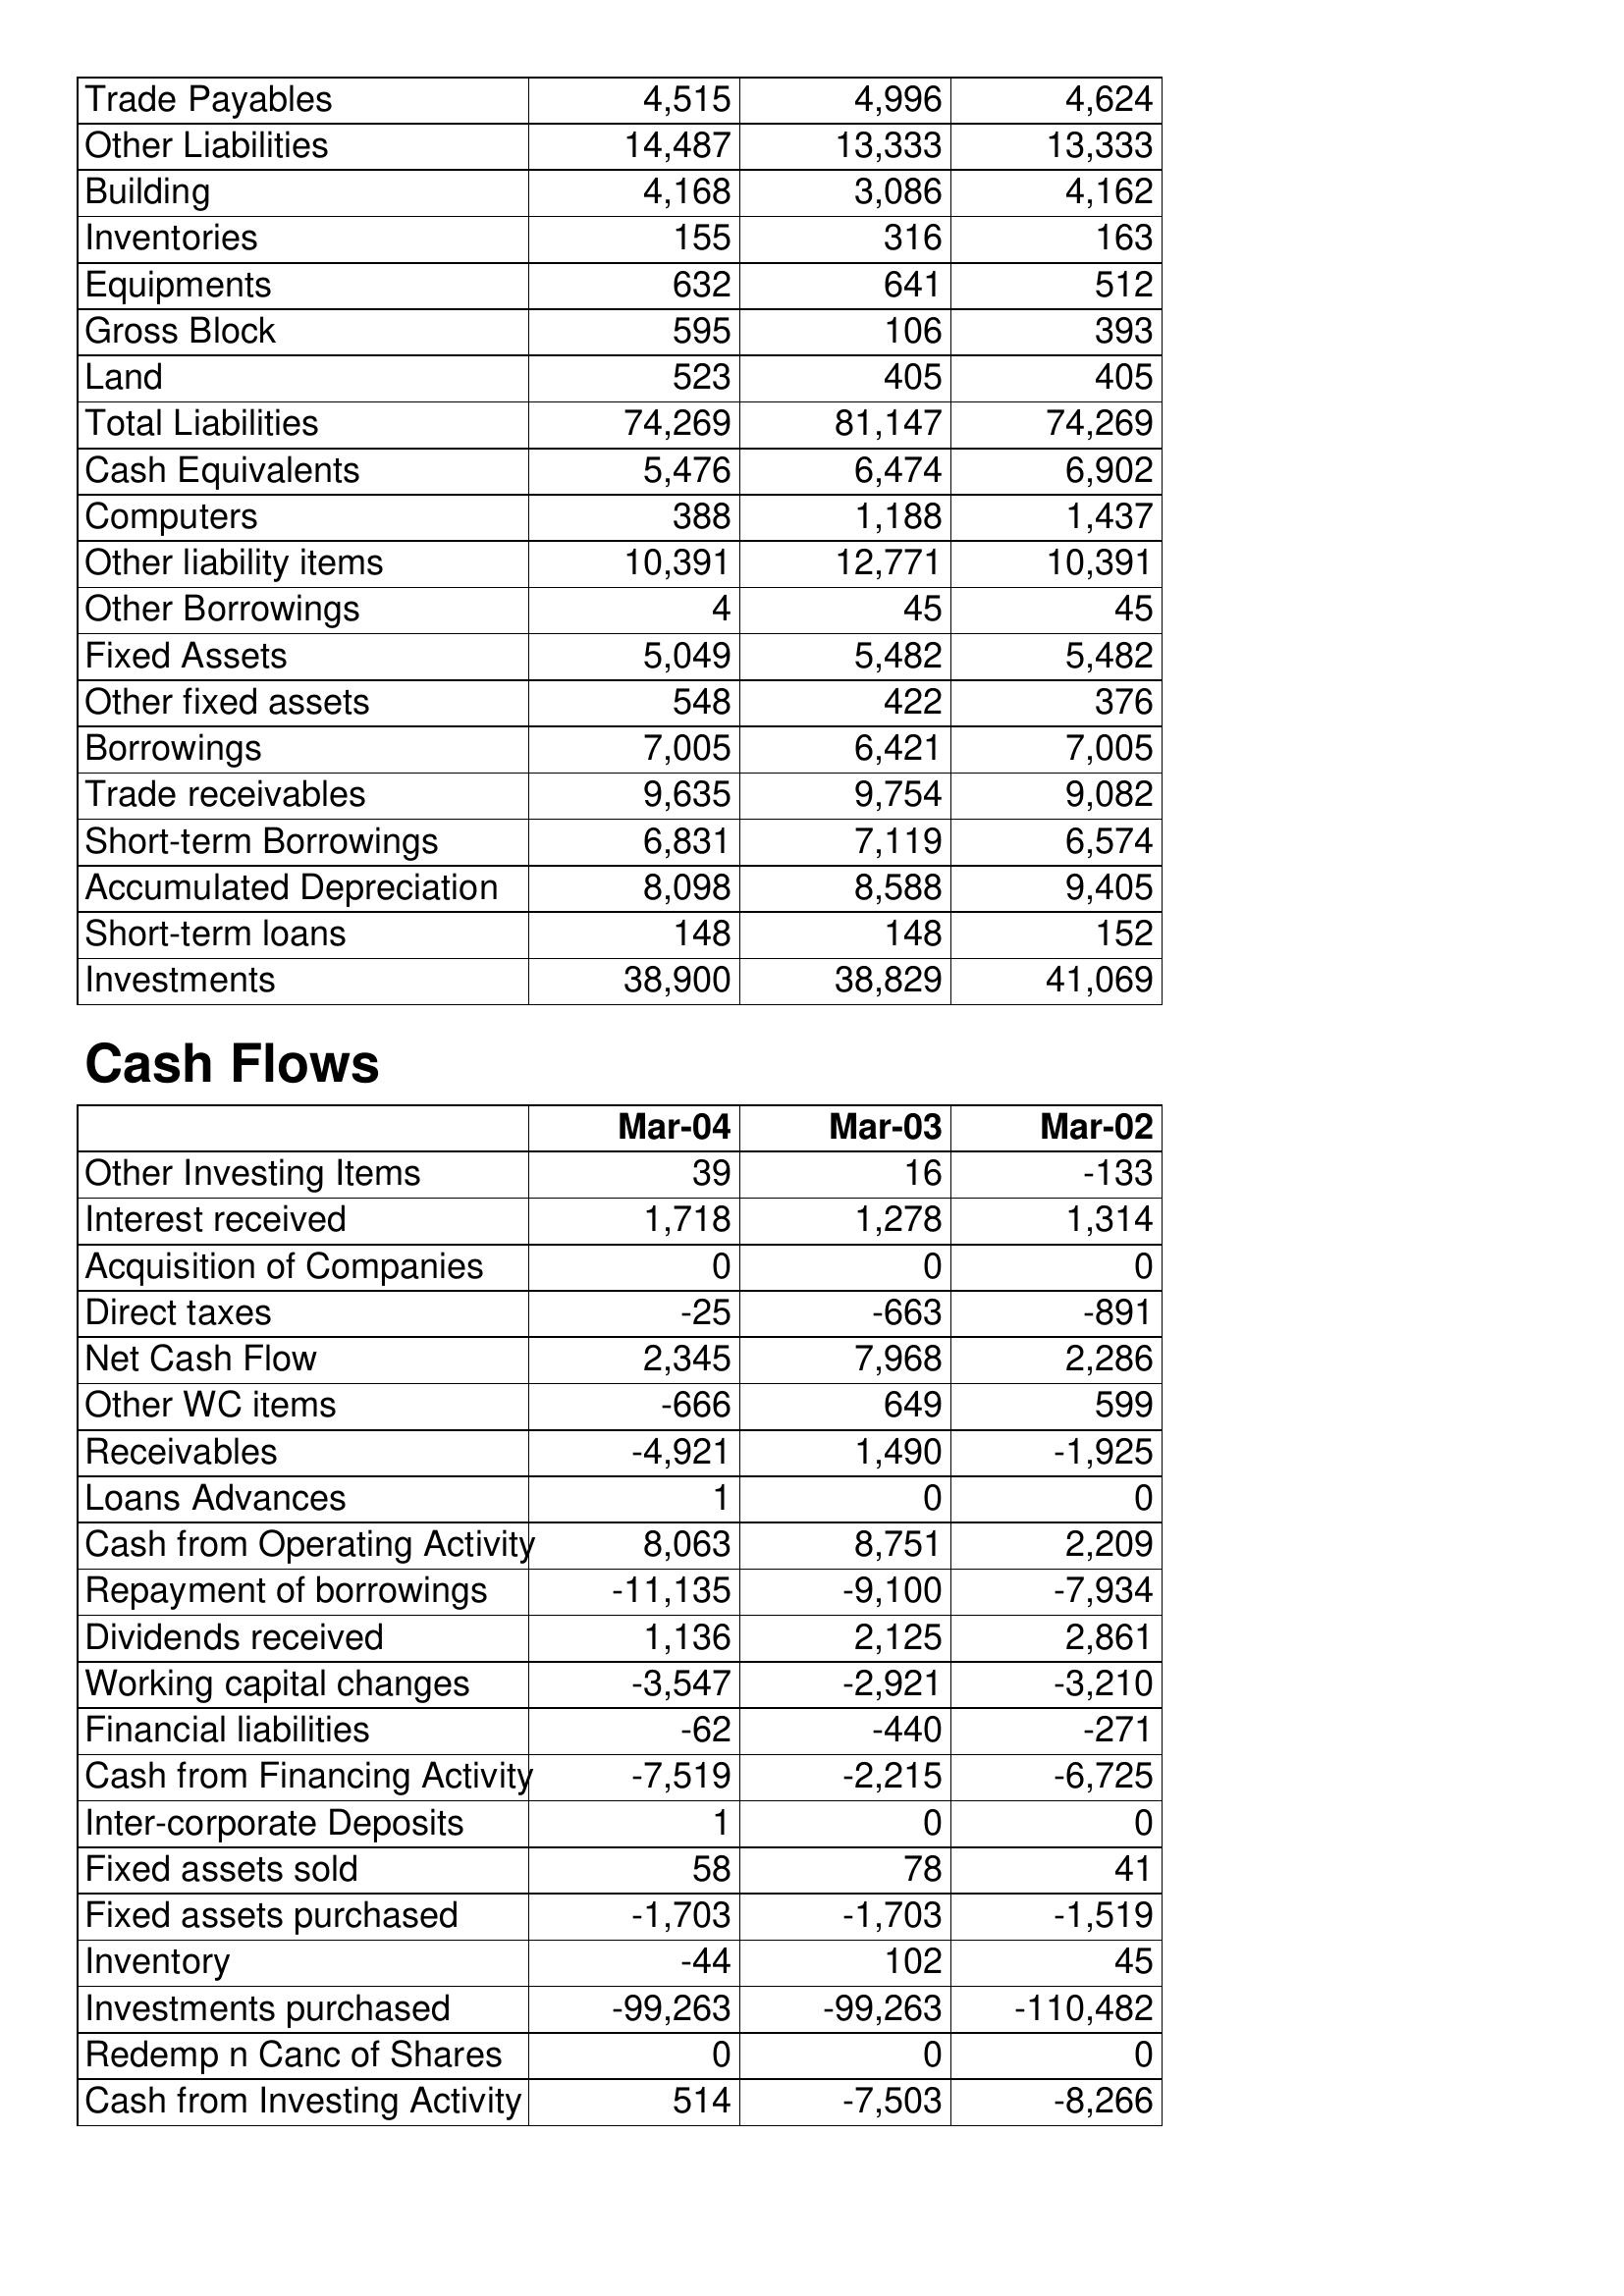
Mar-04: Balance Sheet: Trade Payables: 4,515
Other Liabilities: 14,487
Building: 4,168
Inventories: 155
Equipments: 632
Gross Block: 595
Land: 523
Total Liabilities: 74,269
Cash Equivalents: 5,476
Computers: 388
Other liability items: 10,391
Other Borrowings: 4
Fixed Assets: 5,049
Other fixed assets: 548
Borrowings: 7,005
Trade receivables: 9,635
Short-term Borrowings: 6,831
Accumulated Depreciation: 8,098
Short-term loans: 148
Investments: 38,900
Cash Flows: Other Investing Items: 39
Interest received: 1,718
Acquisition of Companies: 0
Direct taxes: -25
Net Cash Flow: 2,345
Other WC items: -666
Receivables: -4,921
Loans Advances: 1
Cash from Operating Activity: 8,063
Repayment of borrowings: -11,135
Dividends received: 1,136
Working capital changes: -3,547
Financial liabilities: -62
Cash from Financing Activity: -7,519
Inter-corporate Deposits: 1
Fixed assets sold: 58
Fixed assets purchased: -1,703
Inventory: -44
Investments purchased: -99,263
Redemp n Canc of Shares: 0
Cash from Investing Activity: 514
Mar-03: Balance Sheet: Trade Payables: 4,996
Other Liabilities: 13,333
Building: 3,086
Inventories: 316
Equipments: 641
Gross Block: 106
Land: 405
Total Liabilities: 81,147
Cash Equivalents: 6,474
Computers: 1,188
Other liability items: 12,771
Other Borrowings: 45
Fixed Assets: 5,482
Other fixed assets: 422
Borrowings: 6,421
Trade receivables: 9,754
Short-term Borrowings: 7,119
Accumulated Depreciation: 8,588
Short-term loans: 148
Investments: 38,829
Cash Flows: Other Investing Items: 16
Interest received: 1,278
Acquisition of Companies: 0
Direct taxes: -663
Net Cash Flow: 7,968
Other WC items: 649
Receivables: 1,490
Loans Advances: 0
Cash from Operating Activity: 8,751
Repayment of borrowings: -9,100
Dividends received: 2,125
Working capital changes: -2,921
Financial liabilities: -440
Cash from Financing Activity: -2,215
Inter-corporate Deposits: 0
Fixed assets sold: 78
Fixed assets purchased: -1,703
Inventory: 102
Investments purchased: -99,263
Redemp n Canc of Shares: 0
Cash from Investing Activity: -7,503
Mar-02: Balance Sheet: Trade Payables: 4,624
Other Liabilities: 13,333
Building: 4,162
Inventories: 163
Equipments: 512
Gross Block: 393
Land: 405
Total Liabilities: 74,269
Cash Equivalents: 6,902
Computers: 1,437
Other liability items: 10,391
Other Borrowings: 45
Fixed Assets: 5,482
Other fixed assets: 376
Borrowings: 7,005
Trade receivables: 9,082
Short-term Borrowings: 6,574
Accumulated Depreciation: 9,405
Short-term loans: 152
Investments: 41,069
Cash Flows: Other Investing Items: -133
Interest received: 1,314
Acquisition of Companies: 0
Direct taxes: -891
Net Cash Flow: 2,286
Other WC items: 599
Receivables: -1,925
Loans Advances: 0
Cash from Operating Activity: 2,209
Repayment of borrowings: -7,934
Dividends received: 2,861
Working capital changes: -3,210
Financial liabilities: -271
Cash from Financing Activity: -6,725
Inter-corporate Deposits: 0
Fixed assets sold: 41
Fixed assets purchased: -1,519
Inventory: 45
Investments purchased: -110,482
Redemp n Canc of Shares: 0
Cash from Investing Activity: -8,266